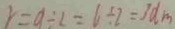
r = 9 \div 2 = 6 \div 2 = 3 d m